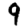
Digit: 9